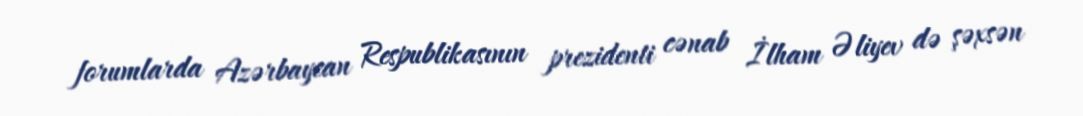
forumlarda Azərbaycan Respublikasının prezidenti cənab İlham Əliyev də şəxsən